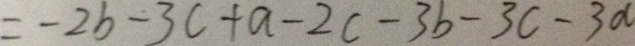
= - 2 b - 3 c + a - 2 c - 3 b - 3 c - 3 a